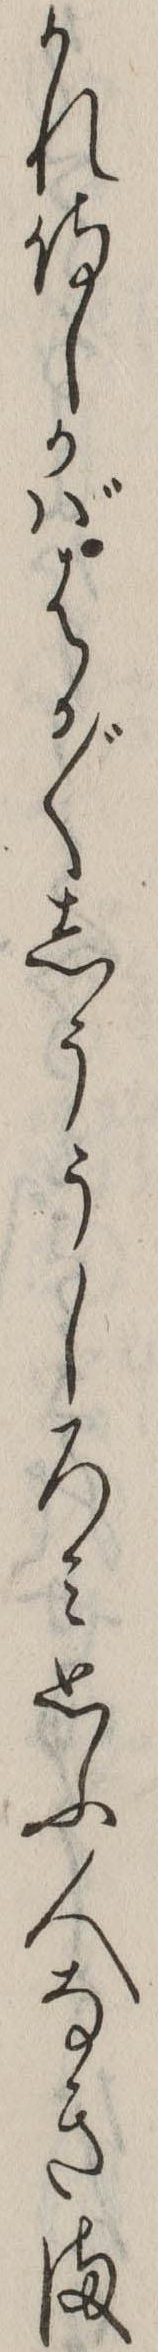
かれ侍しかばはか〲しううしろみ思ふ人なきま